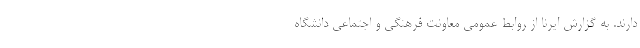
دارند. به گزارش ایرنا از روابط عمومی معاونت فرهنگی و اجتماعی دانشگاه